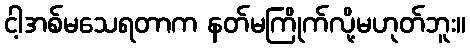
ငါ့အစ်မသေရတာက နတ်မကြိုက်လို့မဟုတ်ဘူး။